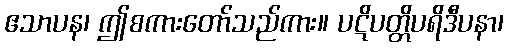
ဧသာပန၊ ဤစကားတော်သည်ကား။ ပဋိပတ္တိပရိဒီပနာ၊